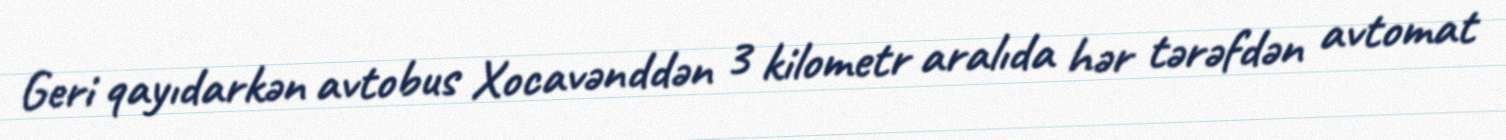
Geri qayıdarkən avtobus Xocavənddən 3 kilometr aralıda hər tərəfdən avtomat